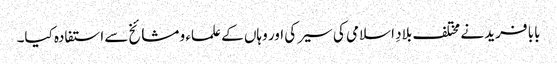
بابا فرید نے مختلف بلادِ اسلامی کی سیر کی اور وہاں کے علماء و مشائخ سے استفادہ کیا۔